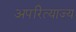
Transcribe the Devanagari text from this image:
अपरित्याज्य